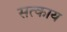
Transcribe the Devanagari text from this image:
सत्काय